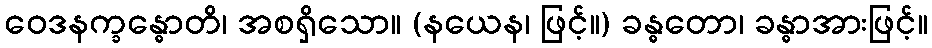
ဝေဒနက္ခန္ဓောတိ၊ အစရှိသော။ (နယေန၊ ဖြင့်။) ခန္ဓတော၊ ခန္ဓာအားဖြင့်။